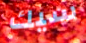
سيك